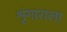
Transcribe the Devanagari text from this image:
शृंगाराला